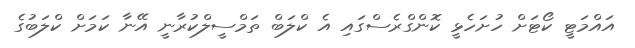
އައްމަޓީ ކޯޓަށް ހުށަހެޅީ ކޮންގްރެސްގައި އެ ކްލަބް ތަމްސީލްކުރާނީ އޭނާ ކަމަށް ކްލަބުގެ